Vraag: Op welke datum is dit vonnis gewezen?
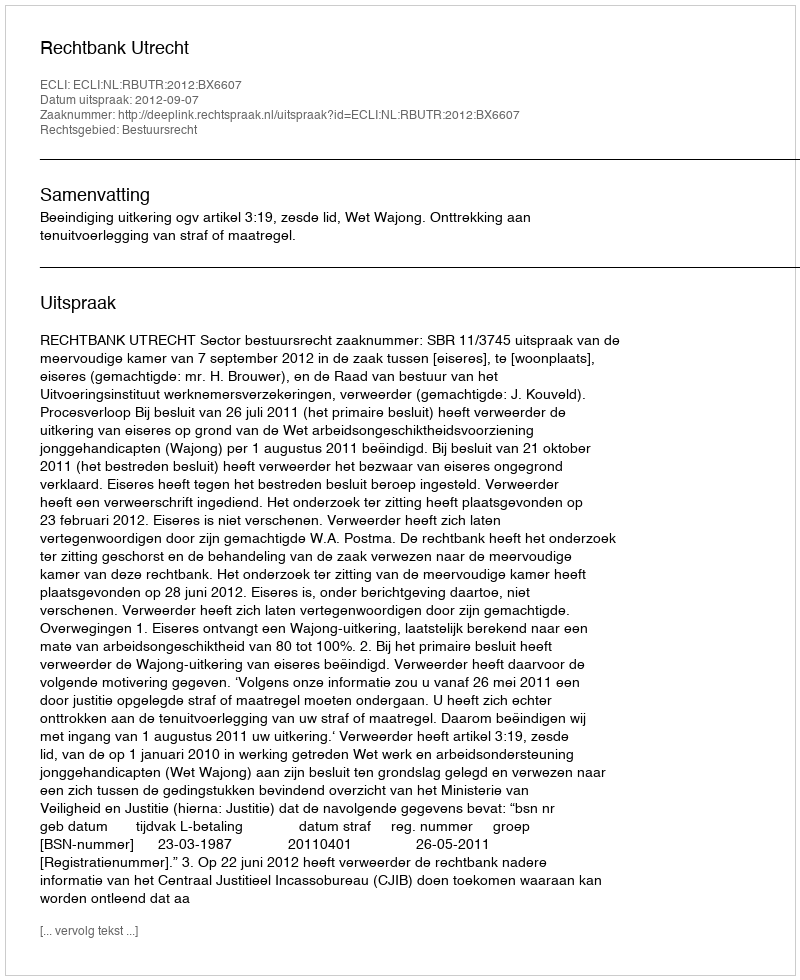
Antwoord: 2012-09-07